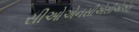
સીઓએનસીએસીએએફ